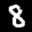
Label: 8